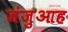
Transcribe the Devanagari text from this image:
जंजुआह